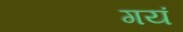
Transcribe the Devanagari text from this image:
गयं